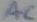
Text: AC